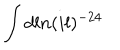
LaTeX: \int d l n ( i l ) ^ { - 2 4 }